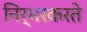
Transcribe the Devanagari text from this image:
निर्भरकरते